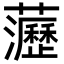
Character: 𧄻